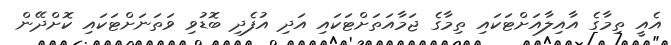
އެއީ ތިމާގެ އާއިލާއަށްޓަކައި ތިމާގެ ޖަމާއަތަށްޓަކައި އަދި އުފެދި ބޮޑުވި ވަތަނަށްޓަކައި ކޮށްދޭން